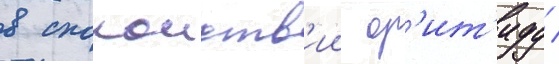
в спокоиств'ии ор'ит'иду /